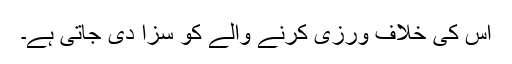
اس کی خلاف ورزی کرنے والے کو سزا دی جاتی ہے۔